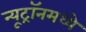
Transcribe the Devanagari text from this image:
न्यूट्रॉनमध्ये